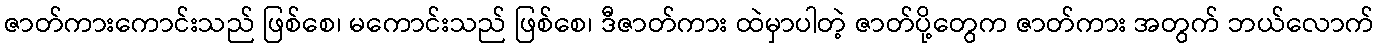
ဇာတ်ကားကောင်းသည် ဖြစ်စေ၊ မကောင်းသည် ဖြစ်စေ၊ ဒီဇာတ်ကား ထဲမှာပါတဲ့ ဇာတ်ပို့တွေက ဇာတ်ကား အတွက် ဘယ်လောက်